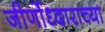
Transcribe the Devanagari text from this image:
जीर्णोध्दाराच्या